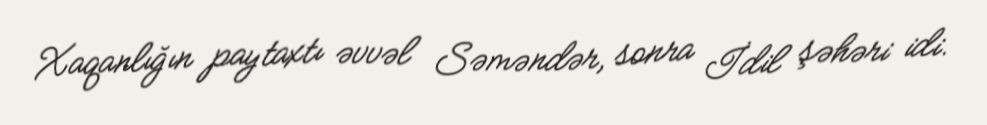
Xaqanlığın paytaxtı əvvəl Səməndər, sonra İdil şəhəri idi.